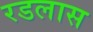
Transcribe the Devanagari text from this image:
रडलास